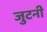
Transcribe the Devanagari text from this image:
जुटनी